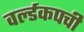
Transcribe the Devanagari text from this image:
वर्ल्डकपची